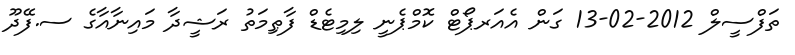
ތަފްސީލް 2012-02-13 ގަން އެއަރޕޯޓް ކޮމްޕެނީ ލިމިޓެޑް ފާޠިމަތު ރަޝީދާ މައިނާއާގެ ސ.ފޭދޫ